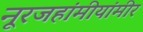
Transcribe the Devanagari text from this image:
नूरजहांमीयांमीर